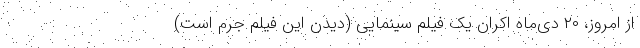
از امروز، ۲۰ دی‌ماه اکران یک فیلم سینمایی (دیدن این فیلم جرم است)